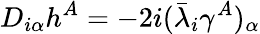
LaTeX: D_{i\alpha}h^{A}=-2i(\bar{\lambda}_{i}\gamma^{A})_{\alpha}